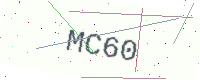
Text: MC60